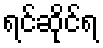
ရင်ဆိုင်ရ